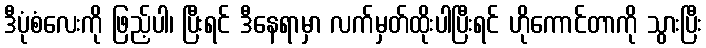
ဒီပုံစံလေးကို ဖြည့်ပါ၊ ပြီးရင် ဒီနေရာမှာ လက်မှတ်ထိုးပါပြီးရင် ဟိုကောင်တာကို သွားပြီး